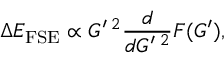
\Delta E _ { \mathrm { F S E } } \propto G ^ { \prime } \, ^ { 2 } \frac { d } { d G ^ { \prime } \, ^ { 2 } } F ( G ^ { \prime } ) ,